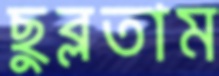
ছুব্‌লতাম